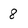
Character: 8